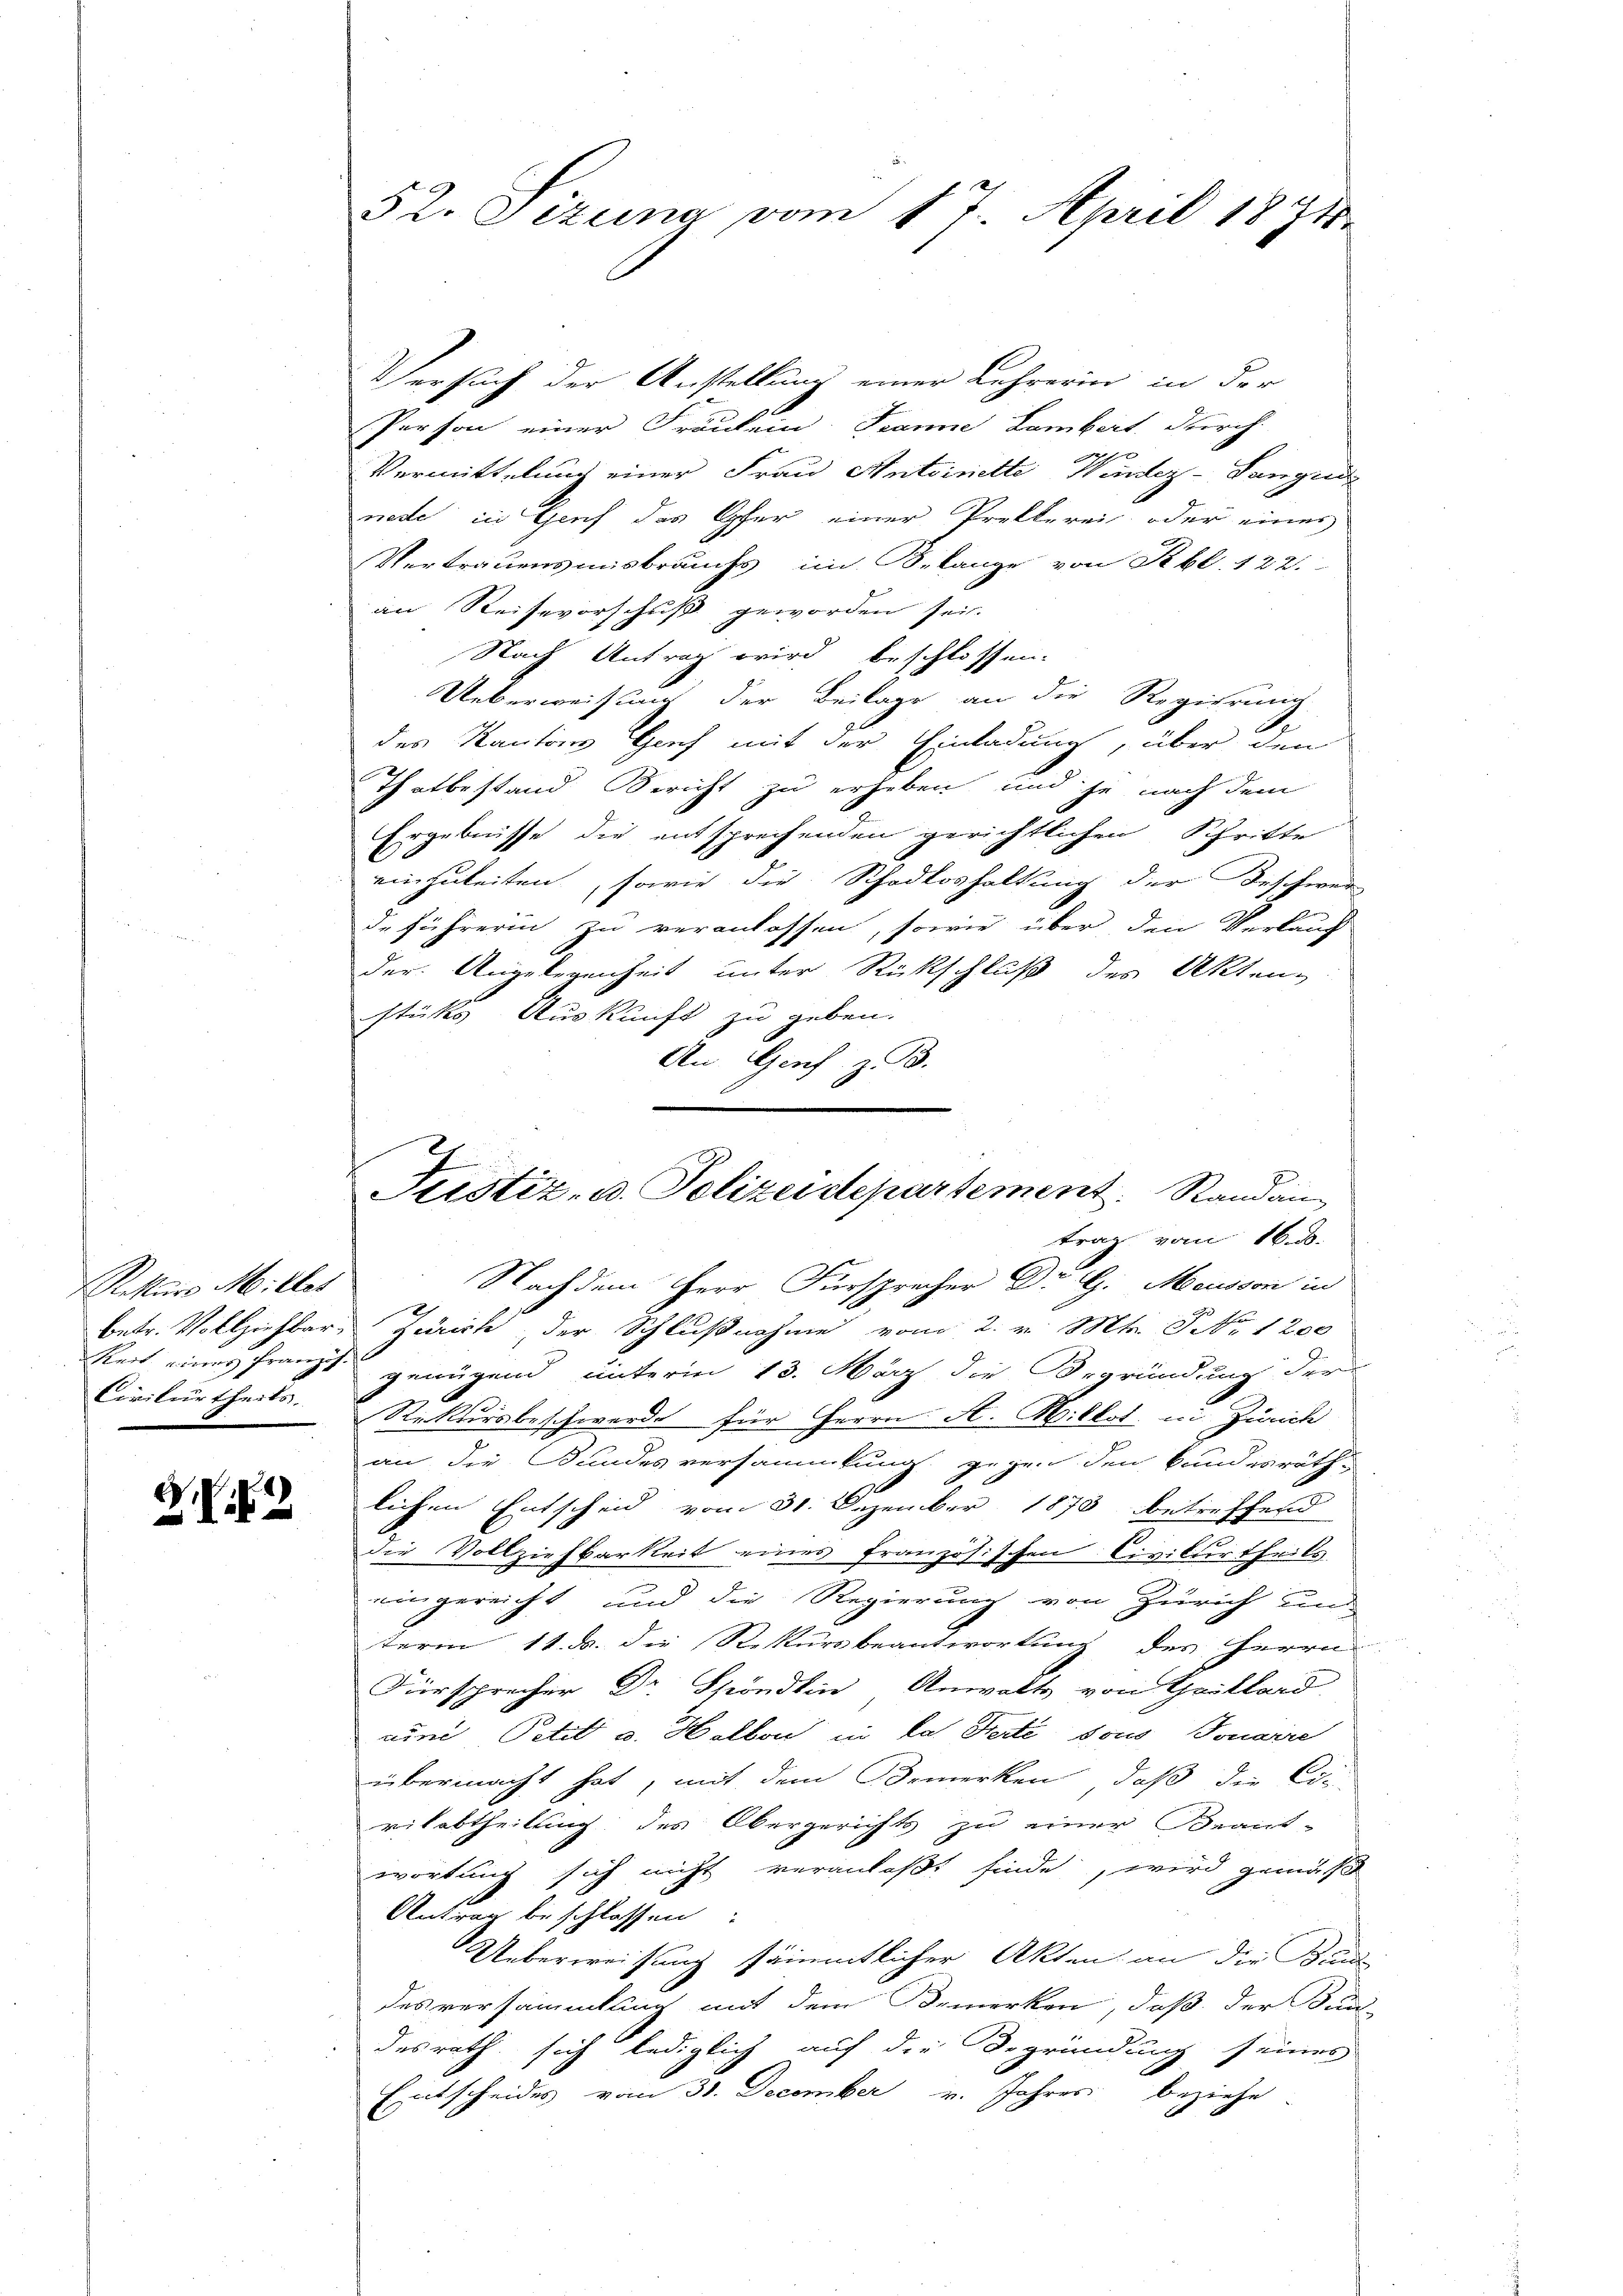
Rekture Milles

c

Versuch der Anstellung einer Lehrerin in der
Person einer Fräulein Tanne Lambert durch
Vermittelung einer Frau Antoinette Windez-Langende
nede in Genf das Opfer einer Prellerei oder eines
Vertrauensmisbrauchs, im Belange von Rbl. 122.
an Reisevorschuß geworden sei.
Nach Antrag wird beschlossen:
Ueberweisung der Beilage an die Regierung
des Kantons Genf mit der Einladung, über den
Thatbestand Bericht zu erheben und je nach dem
Ergebnisse die entsprechenden gerichtlichen Schritte
einzuleiten, sowie die Schadloshaltung der Beschwer
deführerin zu veranlassen, sowie über den Verlang
der Angelegenheit unter Rückschluß des Akten-
stüke Auskunft zu geben.
An Genf z. B.
Nachdem Herr Fürsprecher Dr G. Mousson in
betr. Vollziehbar. Zürich, der Schlußnahme vom 2. v. Mts. NNo. 1200
Reit eines franzt genügend unterm 13. März die Begründung der
Civilurtheils. Rektorsbeschwerde für Herrn A. Willet in Zürich
an die Bandesversammlung gegen den Bundesräthlichen Entscheid vom 31. Dezember 1873 betreffend
die Vollziehbarkeit eines französischen Civilurtheils
eingereicht und die Regierung von Zürich und
term 11. d. die Rekursbeantwortung des Herrn
Fürsprecher Dr Spöndlin Anwalts von Thaillord
uund Petit u. Hellon in las Herte sous Tonarre
übermacht hat, mit dem Bemerken, daß die Ein
vilabtheilung des Obergerichts zu einer Beant-
wortung sich nicht veranlaßt finde, wird gemäß
Antrag beschlossen:
Ueberweisung sämmtlicher Akten an die Band
desversammlung mit dem Bemerken, daß der Bun-
desrath sich lediglich auf die Begründung seines
Entscheides vom 31. December v. Jahres beziehe

52. Sizung vom 17. April 1871

2
Justiz- u. Polizeidepartement. Randan
trag vom 16. d.